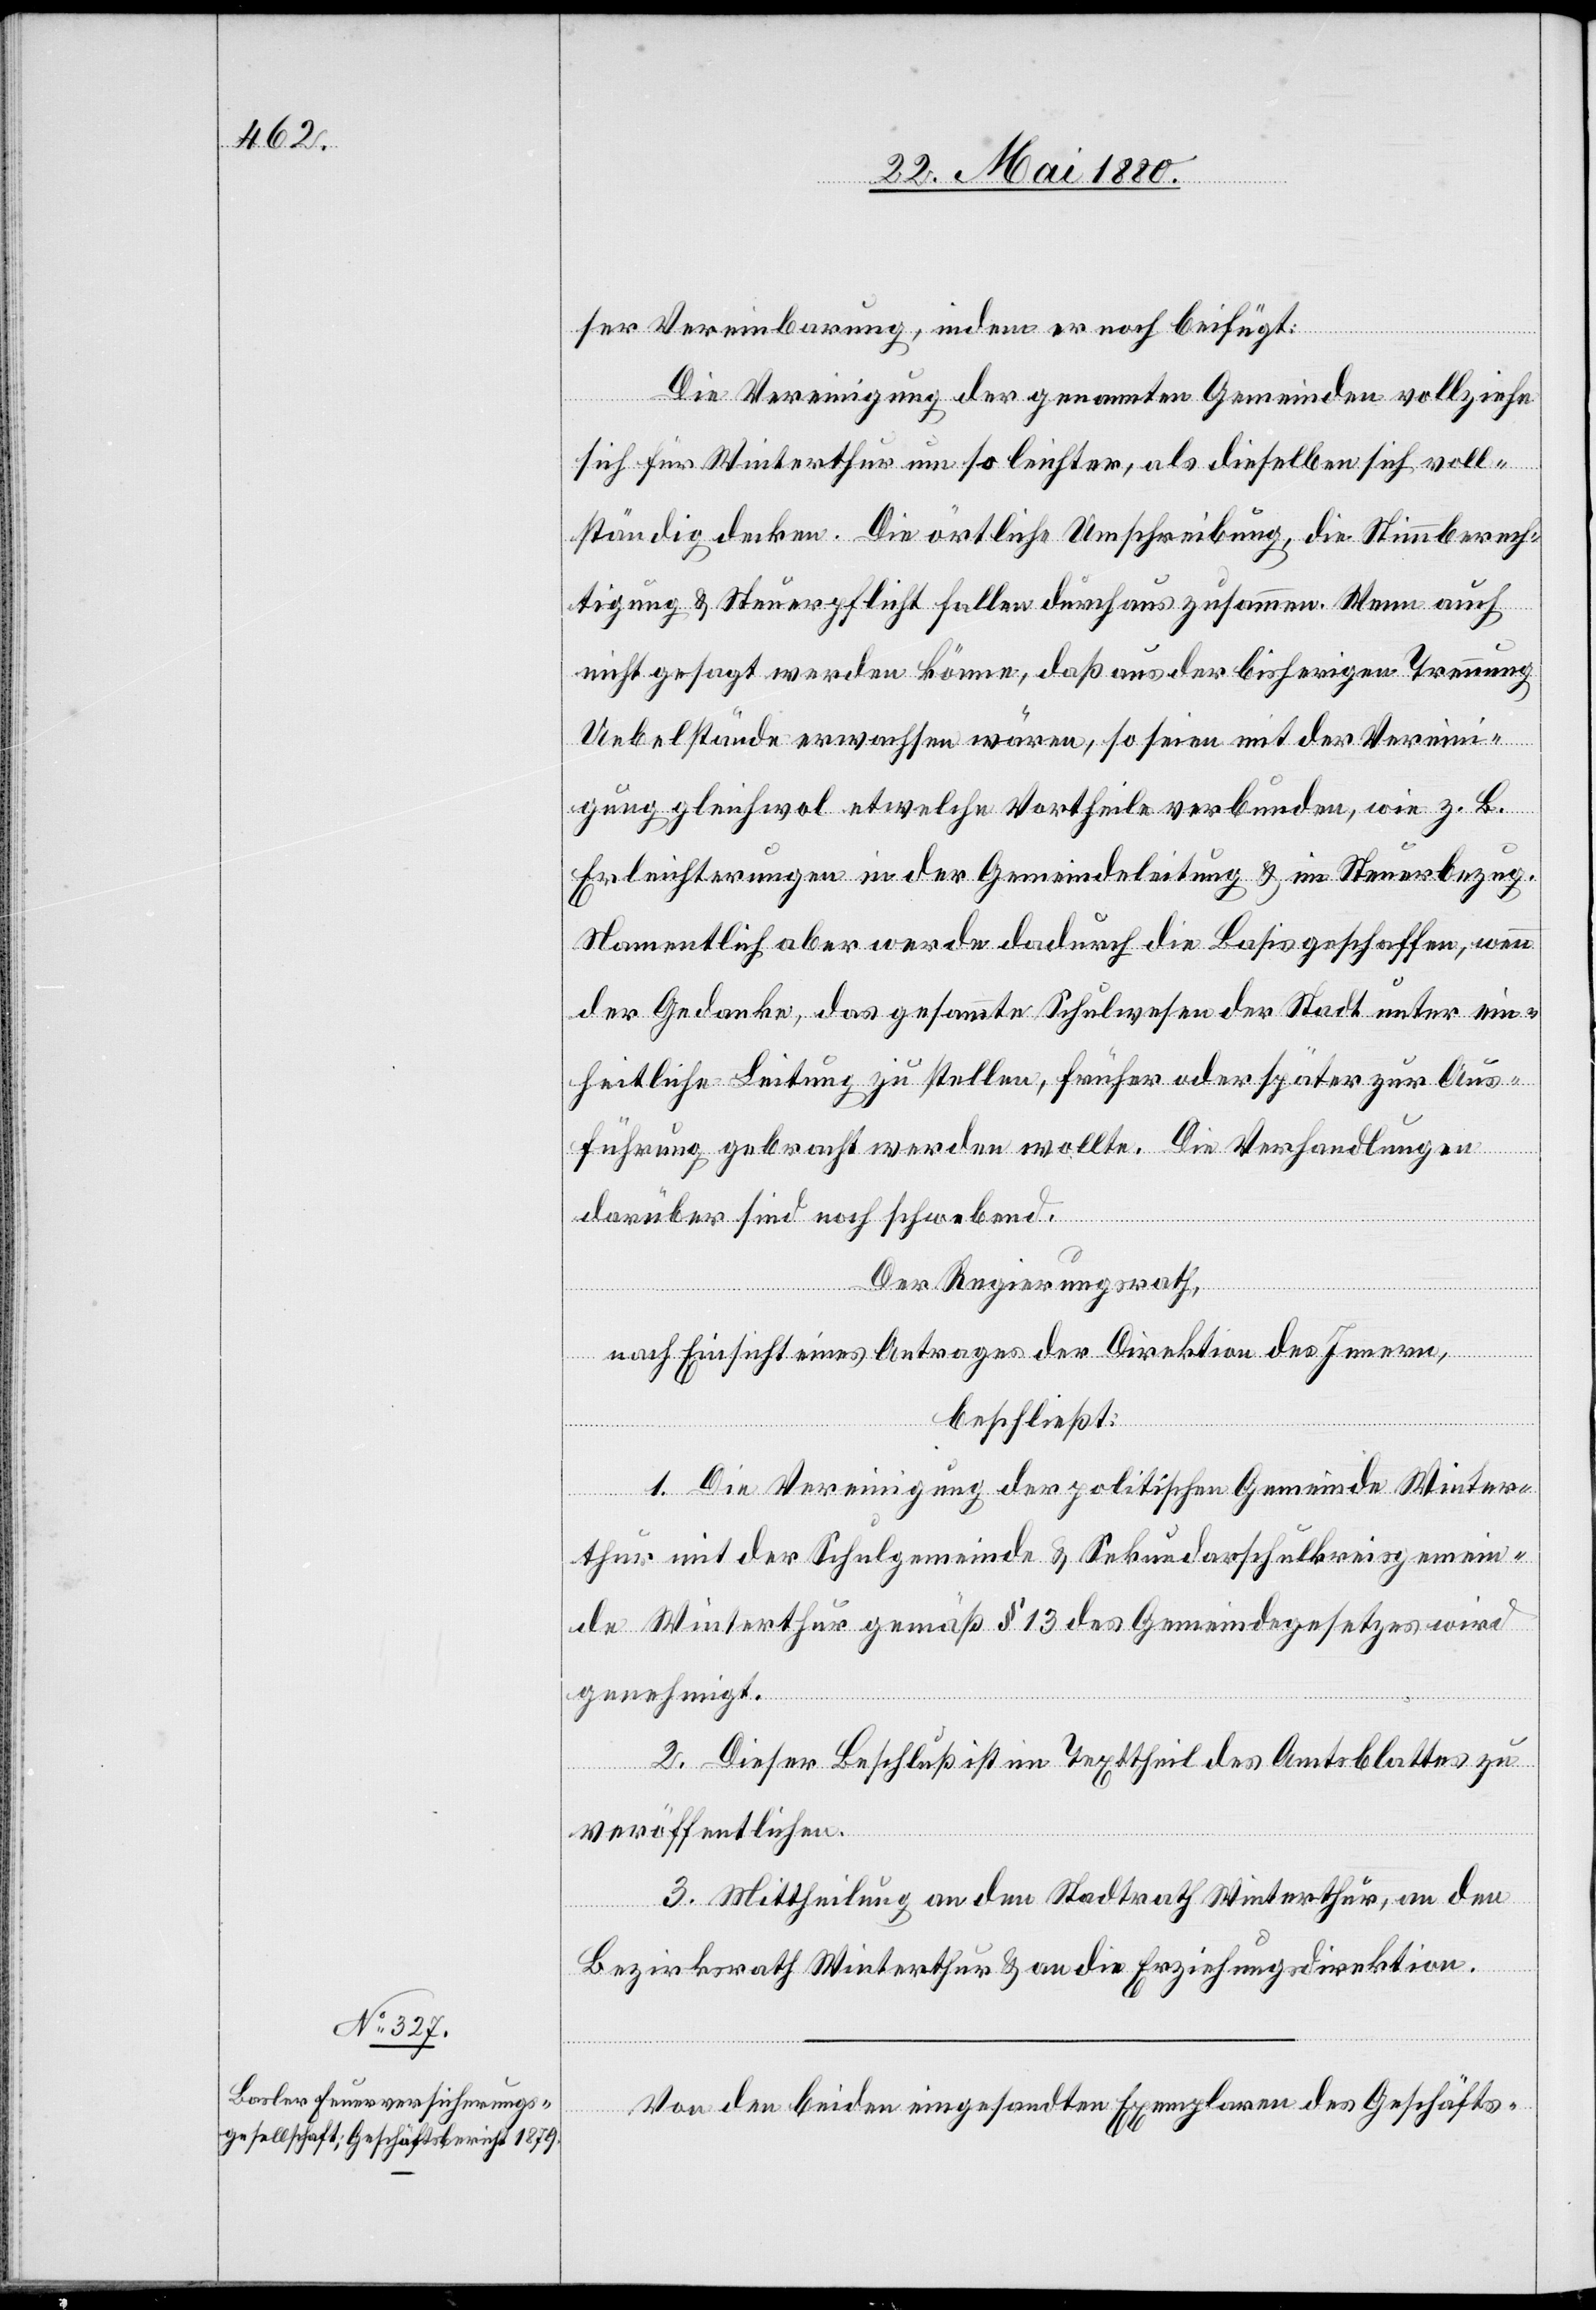
ser Vereinbarung, indem er noch beifügt:
Die Vereinigung der genannten Gemeinden vollziehe
sich für Winterthur um so leichter, als dieselben sich voll¬
ständig decken. Die örtliche Umschreibung, die Stimmberech¬
tigung & Steuerpflicht fallen durchaus zusammen. Wenn auch
nicht gesagt werden könne, daß aus der bisherigen Trennung
Uebelstände erwachsen wären, so seien mit der Vereini¬
gung gleichwol etwelche Vortheile verbunden, wie z. B.
Erleichterungen in der Gemeindeleitung & im Steuerbezug.
Namentlich aber werde dadurch die Basis geschaffen, wenn
der Gedanke, das gesammte Schulwesen der Stadt unter ein¬
heitliche Leitung zu stellen, früher oder später zur Aus¬
führung gebracht werden wollte. Die Verhandlungen
darüber sind noch schwebend.
Der Regierungsrath,
nach Einsicht eines Antrages der Direktion des Innern,
beschließt:
1. Die Vereinigung der politischen Gemeinde Winter¬
thur mit der Schulgemeinde & Sekundarschulkreisgemein¬
de Winterthur gemäß § 13 des Gemeindegesetzes wird
genehmigt.
2. Dieser Beschluß ist im Texttheil des Amtsblattes zu
veröffentlichen.
3. Mittheilung an den Stadtrath Winterthur, an den
Bezirksrath Winterthur & an die Erziehungsdirektion.
Von den beiden eingesandten Exemplaren des Geschäfts-